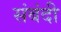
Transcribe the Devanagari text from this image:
संबंदी